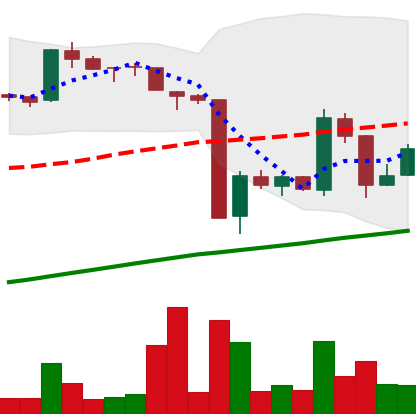
Ticker: BTC-USD
Chart end date: 2016-01-24
Forward return: -5.831%
Label: down_5_7